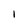
Character: I